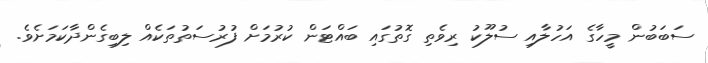
ސަބަބުން މީހާގެ އަހުލާއި ސުލޫކު ރިވެތި ގޮތުގައި ބައްޓަން ކުރުމަށް ފުރުސަތުތަކެއް ލިބިގެންދާކަމަށެވެ.